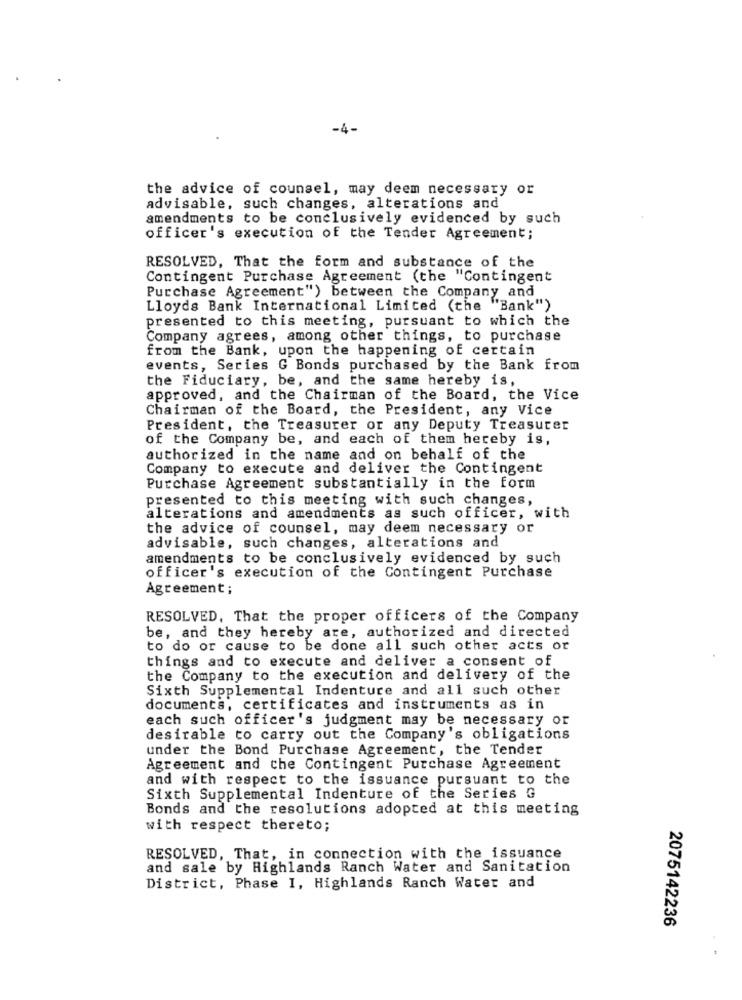
-4-
the advice of counsel, may deem necessary or
advisable, such changes, alterations and
amendments to be conclusively evidenced by such
officer's execution of the Tender Agreement;
RESOLVED, That the form and substance of the
Contingent Purchase Agreement (the "Contingent
Purchase Agreement") between the Company and
Lloyds Bank International Limited (the "Bank")
presented to this meeting, pursuant to which the
Company agrees, among other things, to purchase
from the Bank, upon the happening of certain
events, Series G Bonds purchased by the Bank from
the Fiduciary, be, and the same hereby is,
approved, and the Chairman of the Board, the Vice
Chairman of the Board, the President, any Vice
President, the Treasurer or any Deputy Treasurer
of the Company be, and each of them hereby is,
authorized in the name and on behalf of the
Company to execute and deliver the Contingent
Purchase Agreement substantially in the form
presented to this meeting with such changes,
alterations and amendments as such officer, with
the advice of counsel, may deem necessary or
advisable, such changes, alterations and
amendments to be conclusively evidenced by such
officer's execution of the Contingent Purchase
Agreement ;
RESOLVED, That the proper officers of the Company
be, and they hereby are, authorized and directed
to do or cause to be done all such other acts or
things and to execute and deliver a consent of
the Company to the execution and delivery of the
Sixth Supplemental Indenture and all such other
documents, certificates and instruments as in
each such officer's judgment may be necessary or
desirable to carry out the Company's obligations
under the Bond Purchase Agreement, the Tender
Agreement and the Contingent Purchase Agreement
and with respect to the issuance pursuant to the
Sixth Supplemental Indenture of the Series G
Bonds and the resolutions adopted at this meeting
with respect thereto;
RESOLVED, That, in connection with the issuance
and sale by Highlands Ranch Water and Sanitation
District, Phase I, Highlands Ranch Water and
2075142236